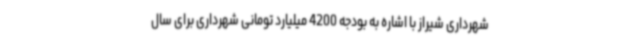
شهرداری شیراز با اشاره به بودجه 4200 میلیارد تومانی شهرداری برای سال